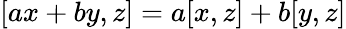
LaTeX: [ax+by,z]=a[x,z]+b[y,z]